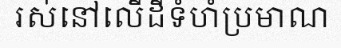
រស់នៅលើដីទំហំប្រមាណ